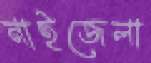
নাইজেলা